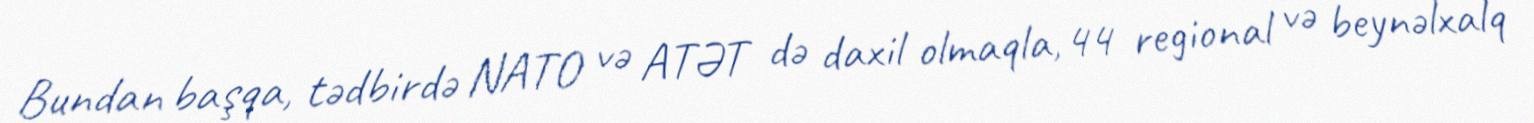
Bundan başqa, tədbirdə NATO və ATƏT də daxil olmaqla, 44 regional və beynəlxalq